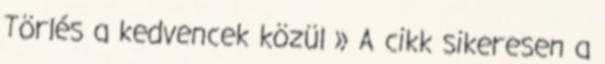
Törlés a kedvencek közül » A cikk sikeresen a